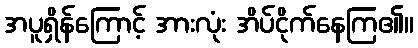
အပူရှိန်ကြောင့် အားလုံး အိပ်ငိုက်နေကြ၏။